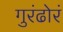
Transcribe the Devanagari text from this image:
गुरंढोरं